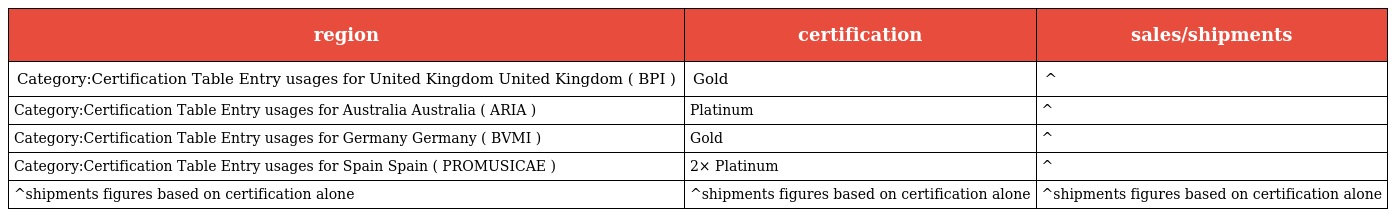
| region | certification | sales/shipments |
 | --- | --- | --- |
 | Category:Certification Table Entry usages for United Kingdom United Kingdom ( BPI ) | Gold | ^ |
 | Category:Certification Table Entry usages for Australia Australia ( ARIA ) | Platinum | ^ |
 | Category:Certification Table Entry usages for Germany Germany ( BVMI ) | Gold | ^ |
 | Category:Certification Table Entry usages for Spain Spain ( PROMUSICAE ) | 2× Platinum | ^ |
 | ^shipments figures based on certification alone | ^shipments figures based on certification alone | ^shipments figures based on certification alone |